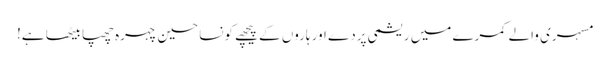
مسہری والے کمرے میں ریشمی پردے اور ہاروں کے پیچھے کونسا حسین چہرہ چھپا بیٹھا ہے!